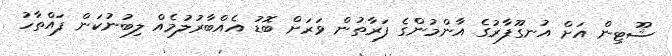
ޝޫޓިން އަށް އުނގޫފާރުގެ އާންމުންގެ ފަރާތުން ވަރަށް ބޮޑު އެއްބާރުލުމެއް ލިބުނުކަން ފައްތާހު